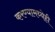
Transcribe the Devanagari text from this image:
करण्यामध्येही